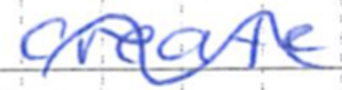
Text: create
Cross-out: wave
Writing tool: ballpoint